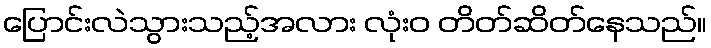
ပြောင်းလဲသွားသည့်အလား လုံးဝ တိတ်ဆိတ်နေသည်။